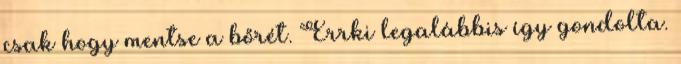
csak hogy mentse a bőrét. Errki legalábbis így gondolta.